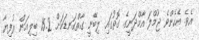
އެވެ. އެހެންވެ ޖުމްލަ އާމްދަނީގެ ގޮތުގައި ލިބޭނީ ގާތްގަނޑަކަށް 15.2 ބިލިއަން ރުފިޔާ